Plague in India, 1896, 1897 - Volume 1
Year: 1896
Disease focus: Plague
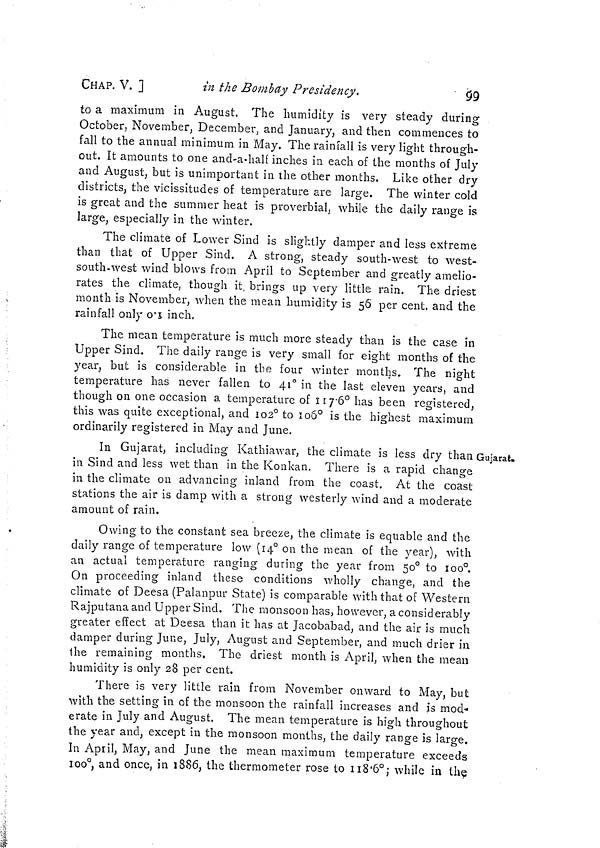
CHAP. V. ]
in the Bombay Presidency.
$9
to a maximum in August. The humidity is very steady during
October, November, December, and January, and then commences to
fall to the annual minimum in May. The rainfall is very light through-
out. It amounts to one and-a-half inches in each of the months of July
and August, but is unimportant in the other months. Like other dry
districts, the vicissitudes of temperature are large. The winter cold
is great and the summer heat is proverbial, while the daily range is
large, especially in the winter.
The climate of Lower Sind is slightly damper and less extreme
than that of Upper Sind. A strong, steady south-west to west-
south-west wind blows from April to September and greatly amelio-
rates the climate, though it, brings up very little rain. The driest
month is November, when the mean humidity is 56 per cent, and the
rainfall only 0 1 inch.
The mean temperature is much more steady than is the case in
Upper Sind. The daily range is very small for eight months of the
year, but is considerable in the four winter months. The night
temperature has never fallen to 41° in the last eleven years, and
though on one occasion a temperature of 117 6° has been registered,
this was quite exceptional, and 102° to 106° is the highest maximum
ordinarily registered in May and June.
Gujarat»
In Gujarat, including Kathiawar, the climate is less dry than
in Sind and less wet than in the Konkan. There is a rapid change
in the climate on advancing inland from the coast. At the coast
stations the air is damp with a strong westerly wind and a moderate
amount of rain.
Owing to the constant sea breeze, the climate is equable and the
daily range of temperature low (14° on the mean of the year), with
an actual temperature ranging during the year from 50° to 100°.
On proceeding inland these conditions wholly change, and the
climate of Deesa (Palanpur State) is comparable with that of Western
Rajputana and Upper Sind. The monsoon has, however, a considerably
greater effect at Deesa than it has at Jacobabad, and the air is much
damper during June, July, August and September, and much drier in
the remaining months. The driest month is April, when the mean
humidity is only 28 per cent.
There is very little rain from November onward to May, but
with the setting in of the monsoon the rainfall increases and is mod-
erate in July and August. The mean temperature is high throughout
the year and, except in the monsoon months, the daily range is large.
In April, May, and June the mean maximum temperature exceeds
100°, and once, in 1886, the thermometer rose to 118 6°; while in the